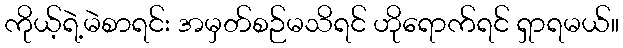
ကိုယ့်ရဲ့မဲစာရင်း အမှတ်စဉ်မသိရင် ဟိုရောက်ရင် ရှာရမယ်။